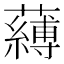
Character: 𮒴